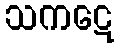
သကဋေ